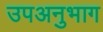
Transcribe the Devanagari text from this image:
उपअनुभाग